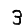
Digit: 3